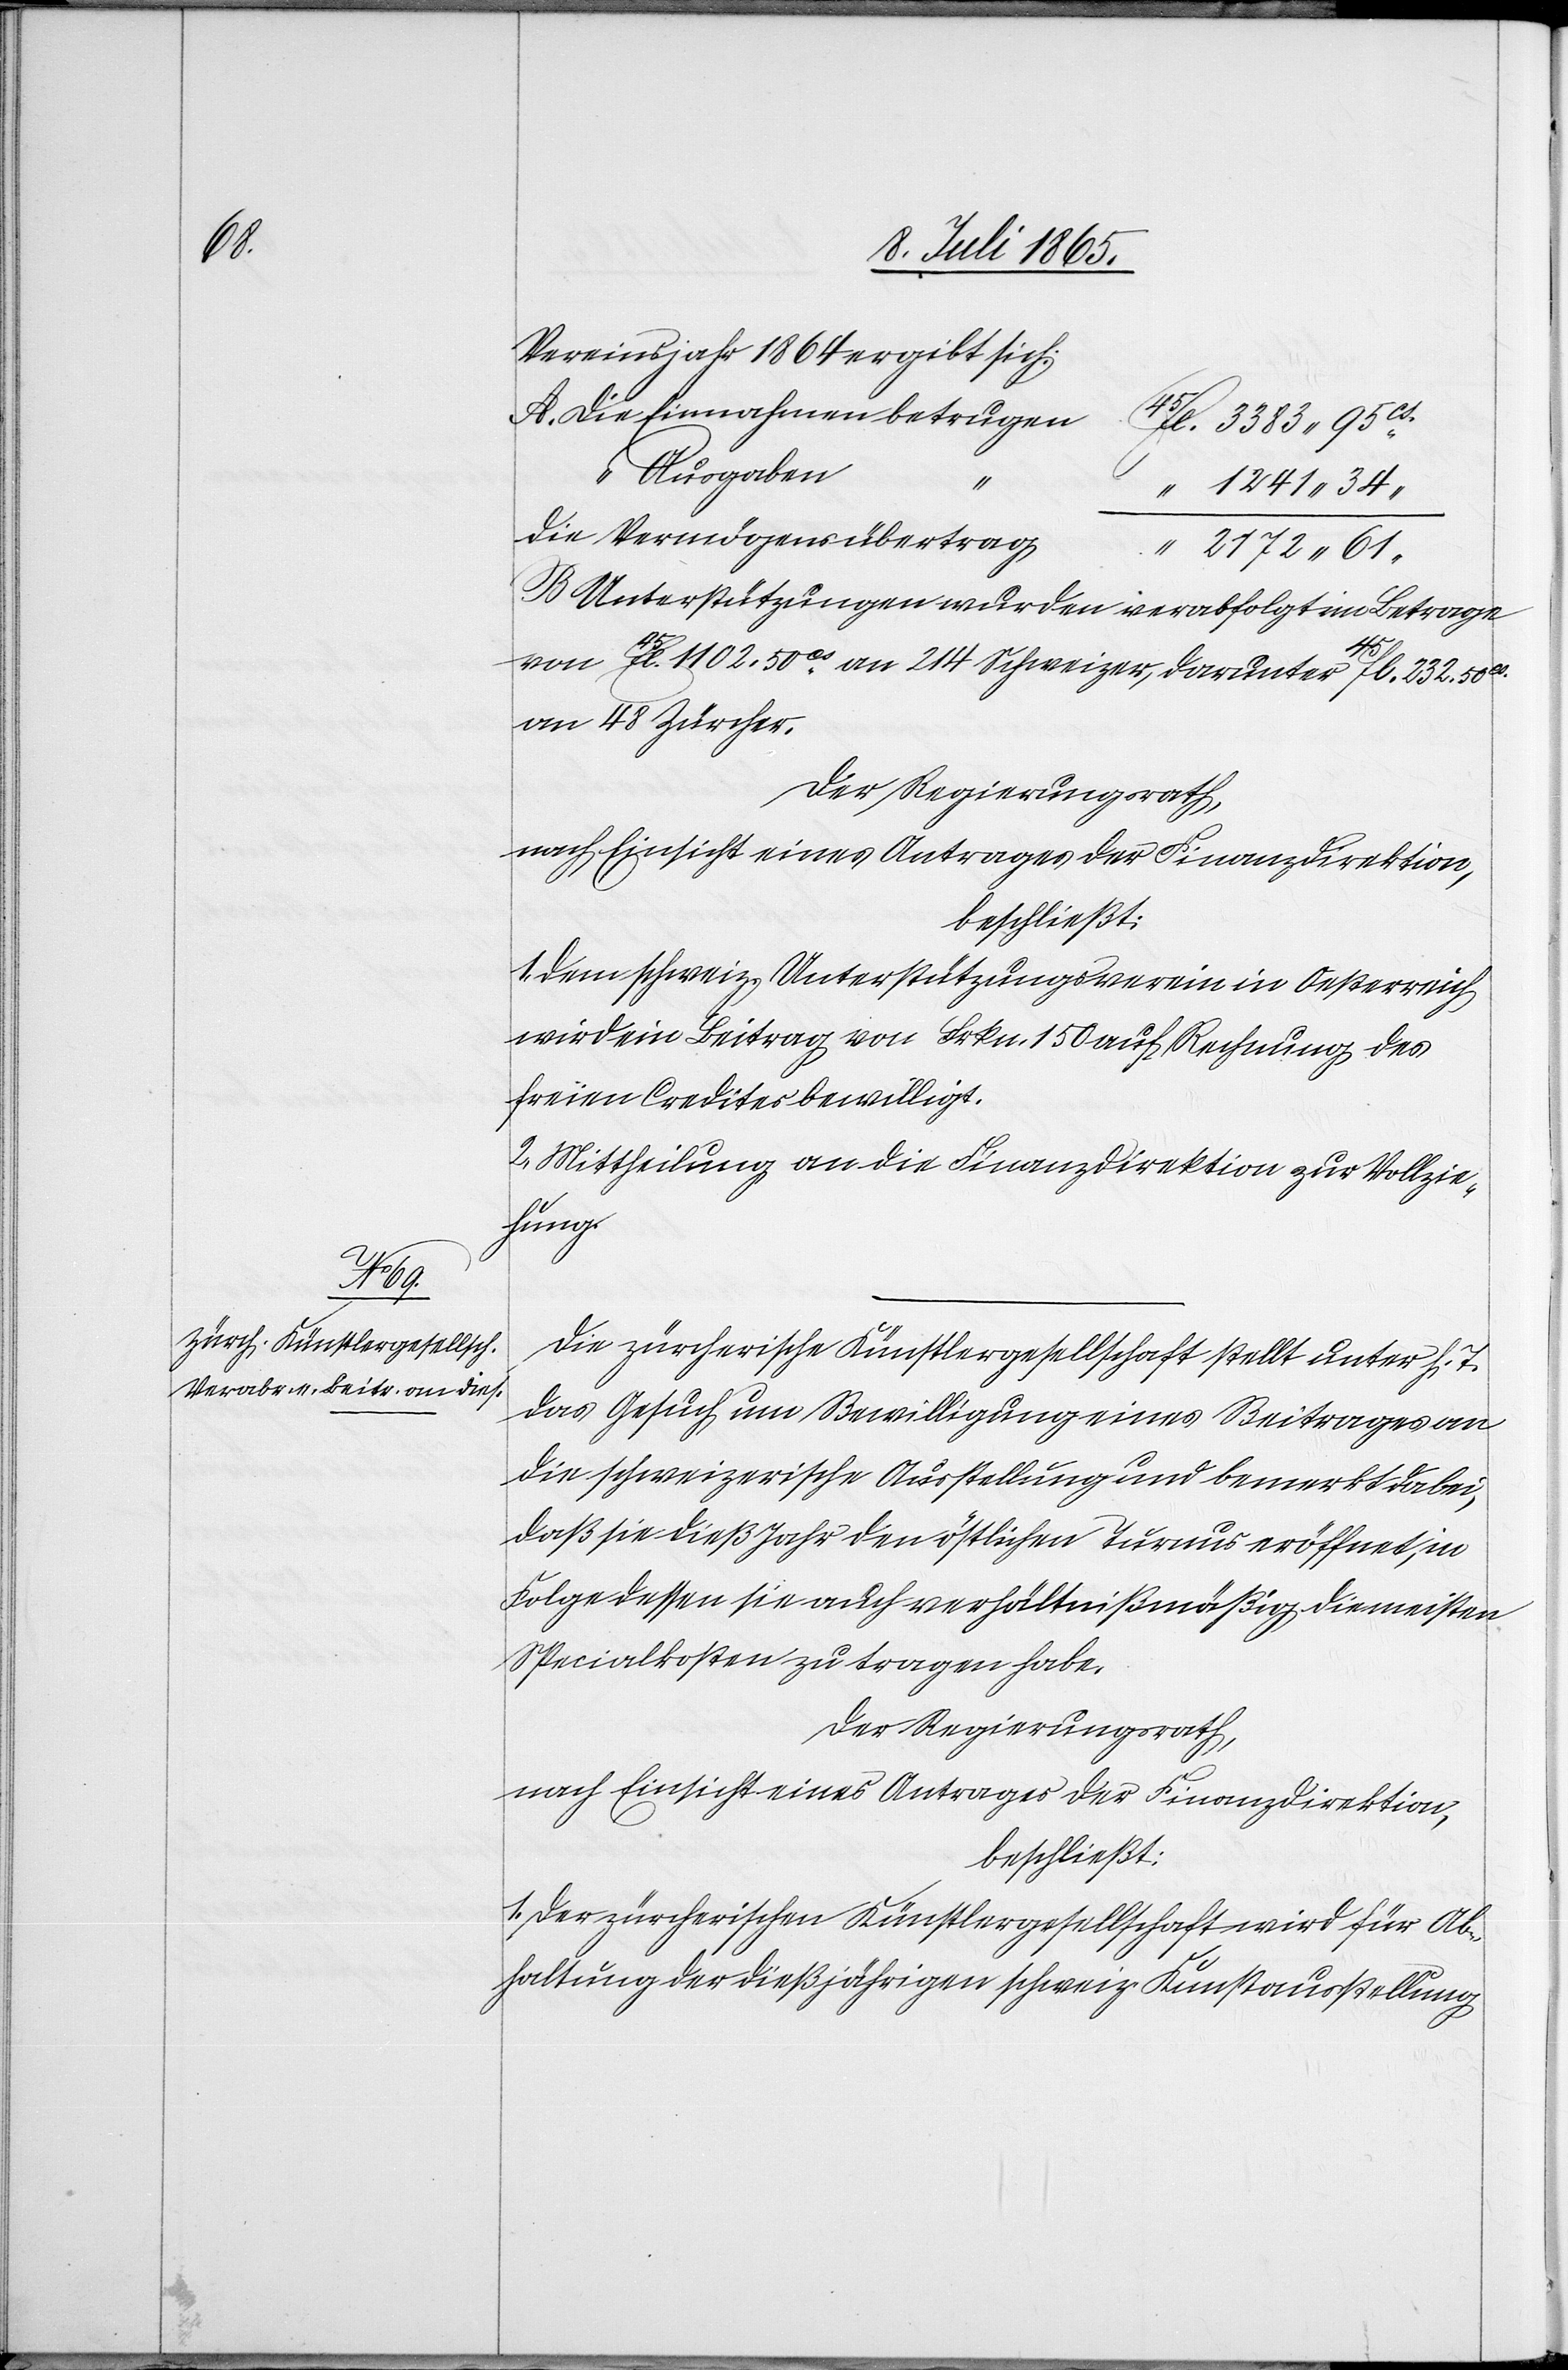
A.

Die

Vereinsjahr 1864 ergibt sich:
Die
“ Ausgaben
B. Unterstützungen wurden verabfolgt im Betrage
von 45fl. 1102.50Cs an 214 Schweizer, darunter 45fl 232.50Cs
an 48 Zürcher.
Der Regierungsrath,
nach Einsicht eines Antrages der Finanzdirektion,
beschließt:
1. Dem schweiz. Unterstützungsverein in Oesterreich
wird ein Beitrag von Frkn. 150 auf Rechnung des
freien Credites bewilligt.
2. Mittheilung an die Finanzdirektion zur Vollzie¬
hung.
Die zürcherische Künstlergesellschaft stellt unter h. T.
das Gesuch um Bewilligung eines Beitrages an
die schweizerische Ausstellung und bemerkt dabei,
daß sie dieß Jahr den östlichen Turnus eröffnet, in
Folge dessen sie auch verhältnißmäßig die meisten
Specialkosten zu tragen habe.
Der Regierungsrath,
nach Einsicht eines Antrages der Finanzdirektion,
beschließt:
1. Der zürcherischen Künstlergesellschaft wird für Ab¬
haltung der dießjährigen schweiz. Kunstausstellung